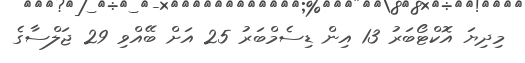
މިދިޔަ އޮކްޓޯބަރު 13 އިން ޑިސެމްބަރު 25 އަށް ބޭއްވި 29 ޖަލްސާގެ